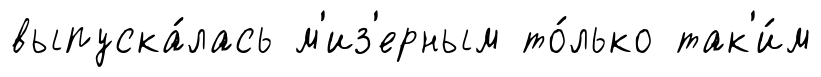
выпуска́лась м'из'ерным то́лько так'и́м